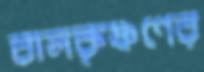
বালকৃষ্ণণের